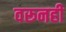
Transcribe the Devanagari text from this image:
वरूनही